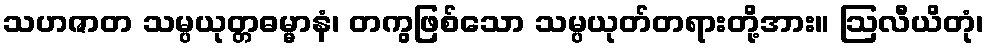
သဟဇာတ သမ္ပယုတ္တဓမ္မာနံ၊ တကွဖြစ်သော သမ္ပယုတ်တရားတို့အား။ ဩလီယိတုံ၊